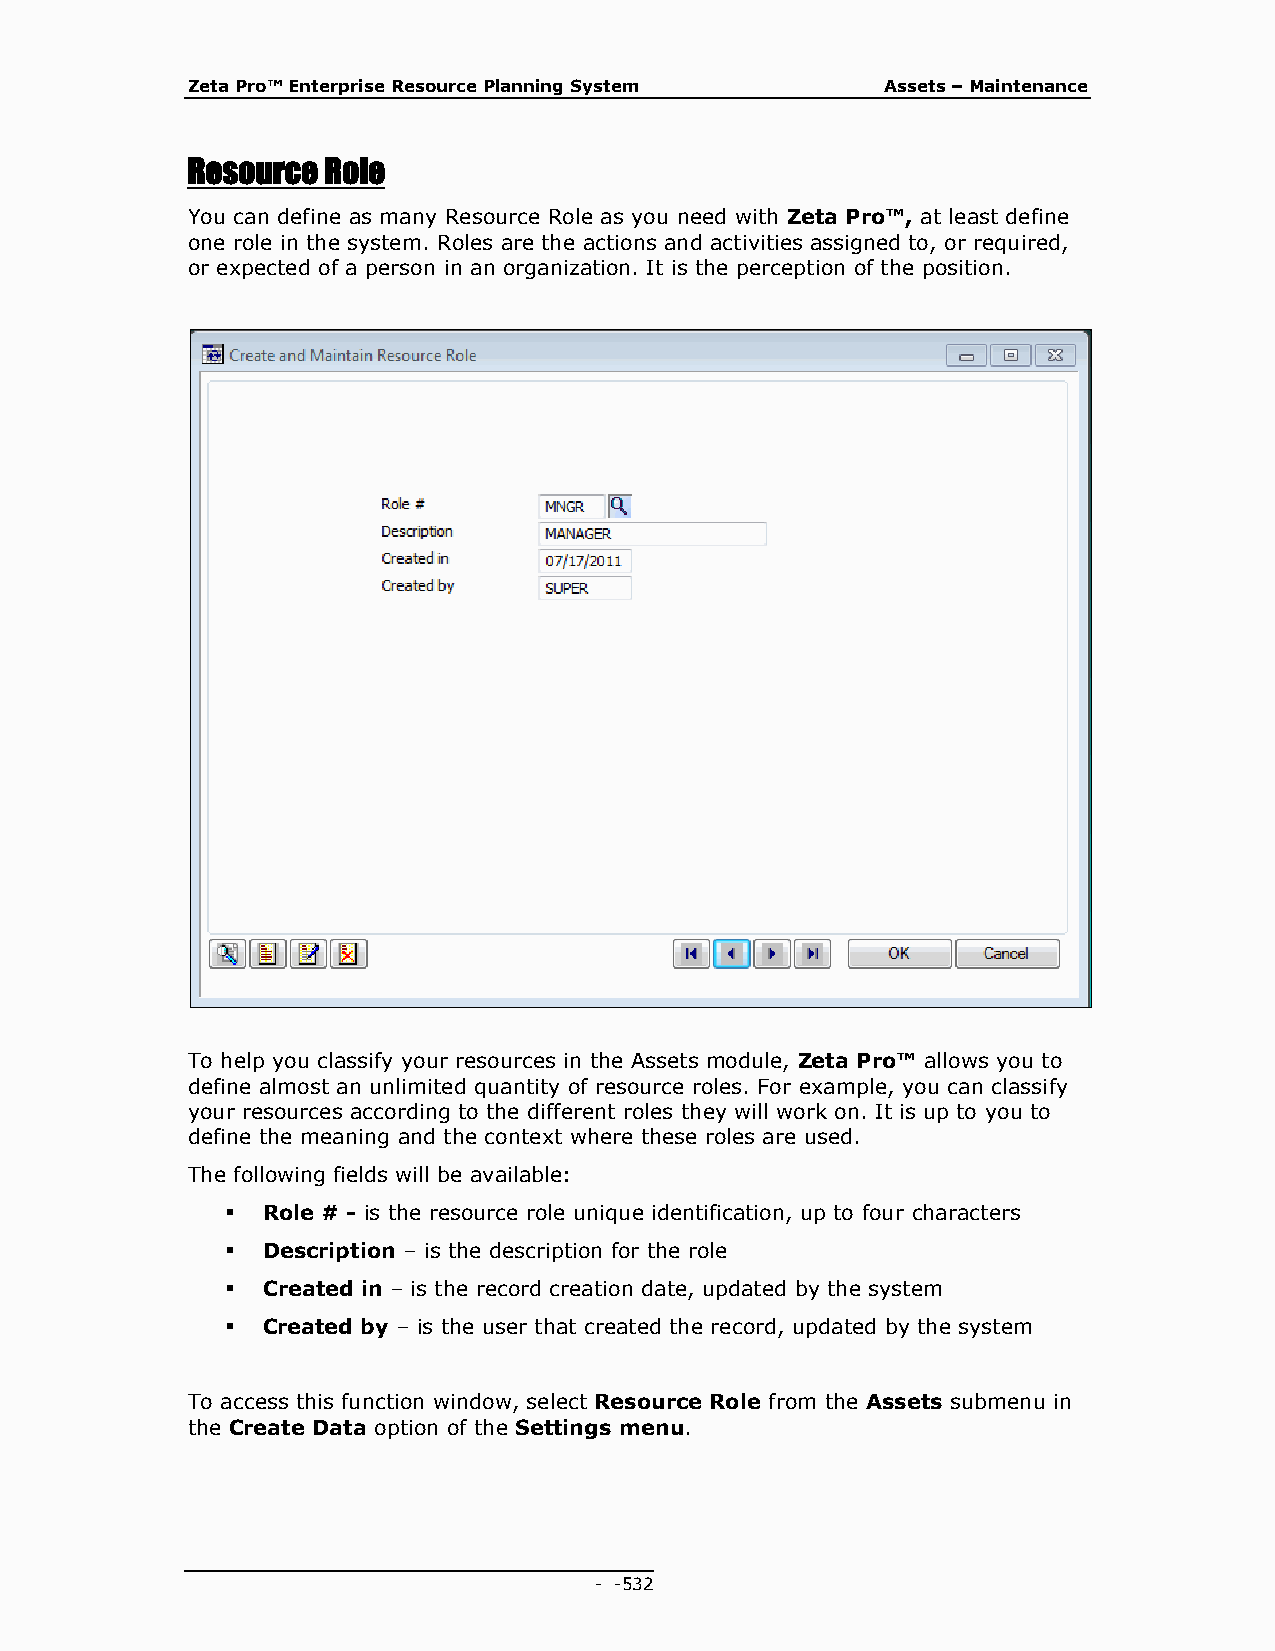
Zeta Pro™ Enterprise Resource Planning System  Assets – Maintenance
 Resource Role
 You can define as many Resource Role as you need with Zeta Pro™, at least define
 one role in the system. Roles are the actions and activities assigned to, or required,
 or expected of a person in an organization. It is the perception of the position.
 To help you classify your resources in the Assets module, Zeta Pro™ allows you to
 define almost an unlimited quantity of resource roles. For example, you can classify
 your resources according to the different roles they will work on. It is up to you to
 define the meaning and the context where these roles are used.
 The following fields will be available:
  Role # - is the resource role unique identification, up to four characters
  Description – is the description for the role
  Created in – is the record creation date, updated by the system
  Created by – is the user that created the record, updated by the system
 To access this function window, select Resource Role from the Assets submenu in
 the Create Data option of the Settings menu.
 - - 532